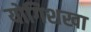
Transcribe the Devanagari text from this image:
योगिशखा